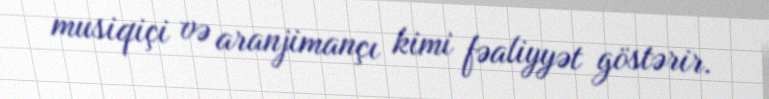
musiqiçi və aranjimançı kimi fəaliyyət göstərir.